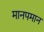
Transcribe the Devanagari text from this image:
मानपमान